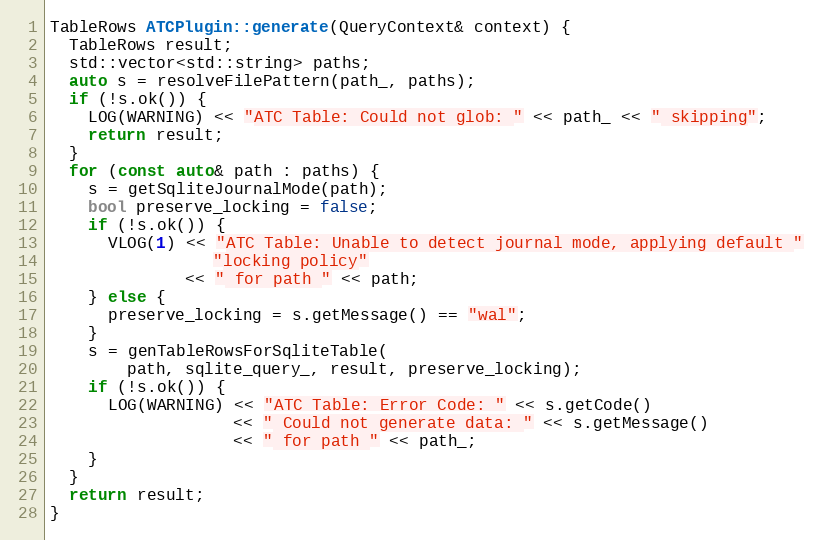
Language: C++
TableRows ATCPlugin::generate(QueryContext& context) {
  TableRows result;
  std::vector<std::string> paths;
  auto s = resolveFilePattern(path_, paths);
  if (!s.ok()) {
    LOG(WARNING) << "ATC Table: Could not glob: " << path_ << " skipping";
    return result;
  }
  for (const auto& path : paths) {
    s = getSqliteJournalMode(path);
    bool preserve_locking = false;
    if (!s.ok()) {
      VLOG(1) << "ATC Table: Unable to detect journal mode, applying default "
                 "locking policy"
              << " for path " << path;
    } else {
      preserve_locking = s.getMessage() == "wal";
    }
    s = genTableRowsForSqliteTable(
        path, sqlite_query_, result, preserve_locking);
    if (!s.ok()) {
      LOG(WARNING) << "ATC Table: Error Code: " << s.getCode()
                   << " Could not generate data: " << s.getMessage()
                   << " for path " << path_;
    }
  }
  return result;
}